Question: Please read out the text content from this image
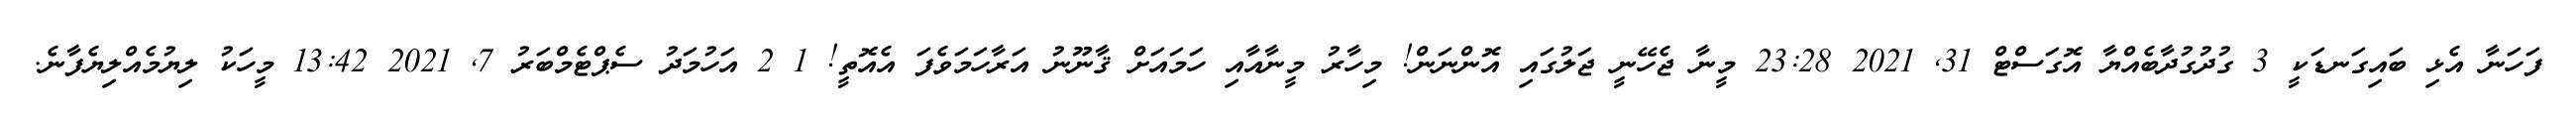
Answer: ފަހަނާ އެޅި ބައިގަނޑަކީ 3 ގުދުގުދާބެއްޔާ އޮގަސްޓް 31, 2021 23:28 މީނާ ޖެހޭނީ ޖަލުގައި އޮންނަން! މިހާރު މީނާއާއި ހަމައަށް ޤާނޫނު އަރާހަމަވެފަ އެއޮތީ! 1 2 އަހުމަދު ސެޕްޓެމްބަރު 7, 2021 13:42 މީހަކު ލިޔުމެއްލިޔެފާނެ.